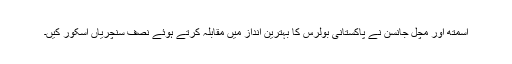
اسمتھ اور مچل جانسن نے پاکستانی بولرس کا بہترین انداز میں مقابلہ کرتے ہوئے نصف سنچریاں اسکور کیں۔